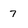
Character: 7